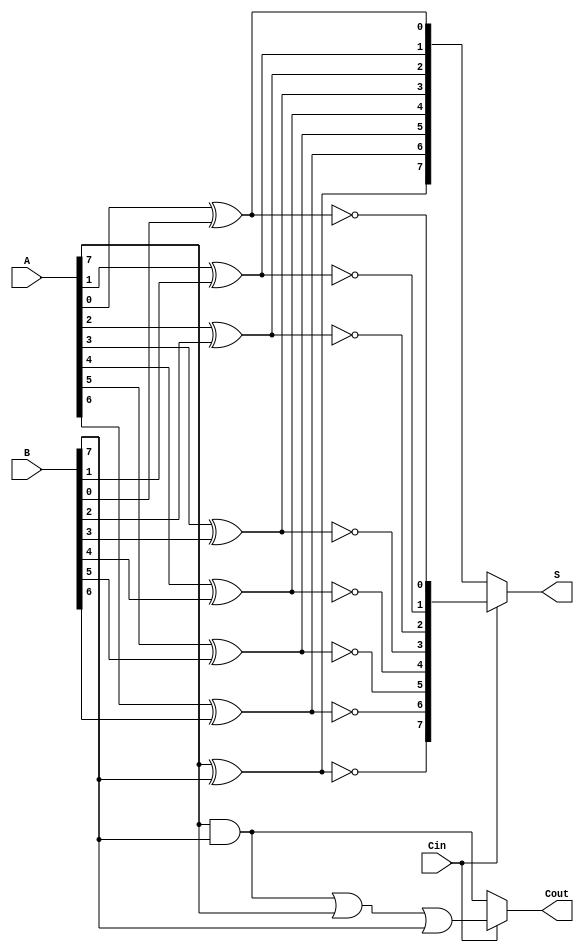
module conditional_sum_adder #(
    parameter N = 8 // Bit-width of the adder
)(
    input  [N-1:0] A,   // First n-bit input
    input  [N-1:0] B,   // Second n-bit input
    input          Cin,  // Carry-in
    output [N-1:0] S,    // n-bit sum output
    output         Cout   // Carry-out
);

    wire [N-1:0] S0; // Sum assuming Cin = 0
    wire [N-1:0] S1; // Sum assuming Cin = 1
    wire [N-1:0] C0; // Carry assuming Cin = 0
    wire [N-1:0] C1; // Carry assuming Cin = 1

    genvar i;
    generate
        for (i = 0; i < N; i = i + 1) begin : CSA
            // Calculate sums assuming Cin = 0
            assign S0[i] = A[i] ^ B[i] ^ 1'b0; // S0[i] = A[i] XOR B[i] XOR 0
            assign C0[i] = (A[i] & B[i]) | (A[i] & 1'b0) | (B[i] & 1'b0); // Carry-out for Cin = 0

            // Calculate sums assuming Cin = 1
            assign S1[i] = A[i] ^ B[i] ^ 1'b1; // S1[i] = A[i] XOR B[i] XOR 1
            assign C1[i] = (A[i] & B[i]) | (A[i] & 1'b1) | (B[i] & 1'b1); // Carry-out for Cin = 1
        end
    endgenerate

    // Select the final sum and carry-out based on the actual carry-in value
    assign S = (Cin) ? S1 : S0; // Select sum based on Cin
    assign Cout = (Cin) ? C1[N-1] : C0[N-1]; // Select carry-out based on Cin

endmodule